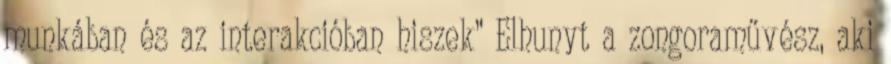
munkában és az interakcióban hiszek” Elhunyt a zongoraművész, aki